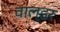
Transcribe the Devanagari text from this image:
वाल्डर